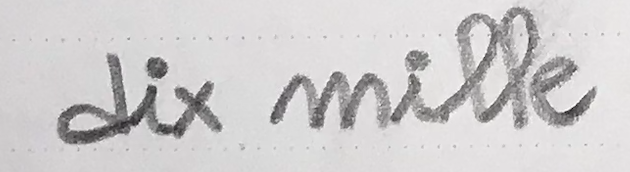
dix mille